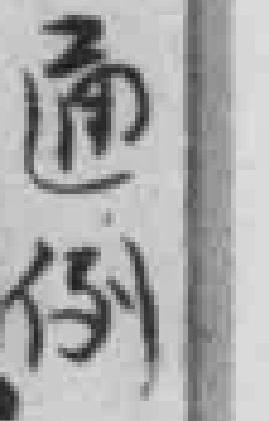
通例